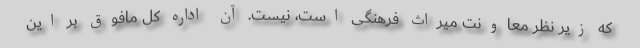
که زیر نظر معاونت میراث فرهنگی است، نیست. آن اداره کل مافوق بر این